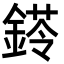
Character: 𨩖